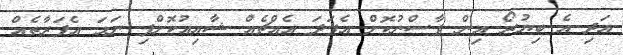
އަދި އެ ބިޔުރޯ އިން ފާސްނުކޮށް އެފަދަ އެއްޗެއް ޝާއިއުކޮށްފި ނަމަ އެފަރާތެއް